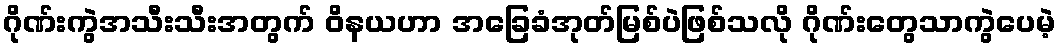
ဂိုဏ်းကွဲအသီးသီးအတွက် ဝိနယဟာ အခြေခံအုတ်မြစ်ပဲဖြစ်သလို ဂိုဏ်းတွေသာကွဲပေမဲ့